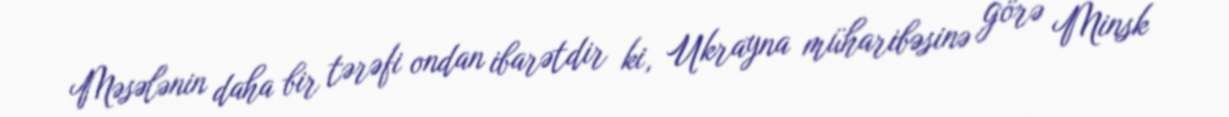
Məsələnin daha bir tərəfi ondan ibarətdir ki, Ukrayna müharibəsinə görə Minsk